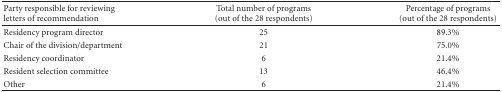
<table><thead><tr><td><b>Party responsible for reviewing letters of recommendation</b></td><td><b>Total number of programs (out of the 28 respondents)</b></td><td><b>Percentage of programs (out of the 28 respondents)</b></td></tr></thead><tbody><tr><td>Residency program director</td><td>25</td><td>89.3%</td></tr><tr><td>Chair of the division/department</td><td>21</td><td>75.0%</td></tr><tr><td>Residency coordinator</td><td>6</td><td>21.4%</td></tr><tr><td>Resident selection committee</td><td>13</td><td>46.4%</td></tr><tr><td>Other</td><td>6</td><td>21.4%</td></tr></tbody></table>